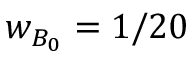
w _ { B _ { 0 } } = 1 / 2 0